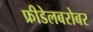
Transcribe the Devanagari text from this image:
फ्रीडेलबरोबर